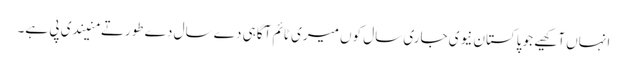
انہاں آکھیے جو پاکستان نیوی جاری سال کوں میری ٹائم آگاہی دے سال دے طورتے منیندی پی ہے۔